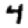
Digit: 4